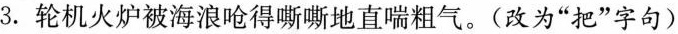
3.轮机火炉被海浪呛得嘶嘶地直喘粗气。(改为“把”字句)